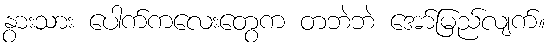
နွားသား ပေါက်ကလေးတွေက တဘဲဘဲ အော်မြည်လျက်။